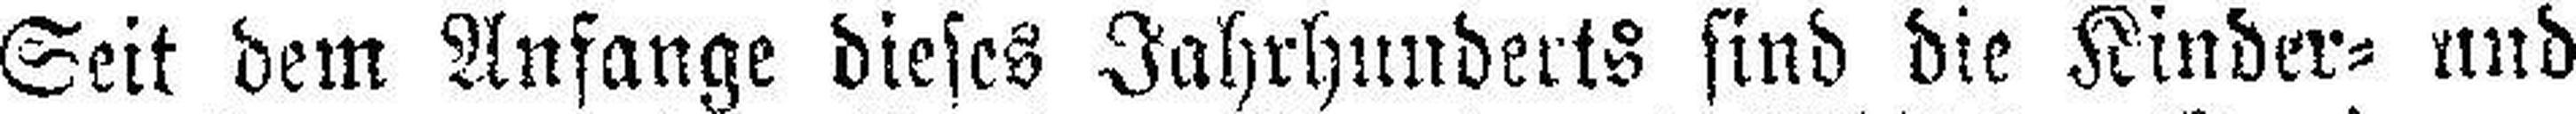
Seit dem Anfange dieses Jahrhunderts sind die Kinder= und